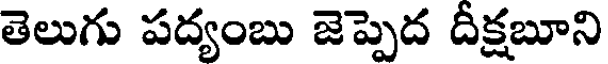
తెలుగు పద్యంబు జెప్పెద దీక్షబూని